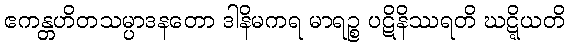
ဧကန္တဟိတသမ္ပာဒနတော ဒါနိမကရ မာရဉ္စ ပဋိနိဿရတိ ဃဋ္ဋိယတိ